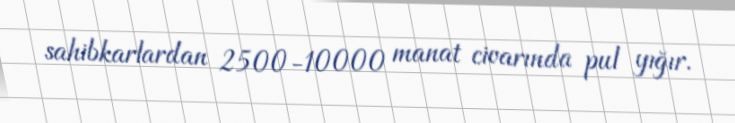
sahibkarlardan 2500-10000 manat civarında pul yığır.